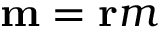
\mathbf { m } = \mathbf { r } m